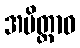
အမိတ္တာဝ